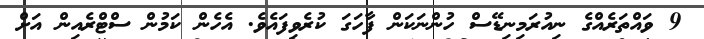
9 ވައްތަރެއްގެ ނިއުރަމިނިޑޭސް ހުންނަކަން ފާހަގަ ކުރެވިފައެވެ. އެހެން ކަމުން ސްޓްރެއިން އަށް